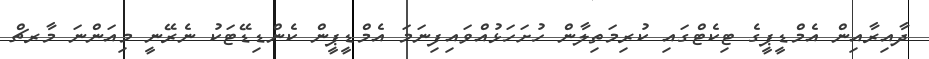
ދާއިރާއިން އެމްޑީޕީގެ ޓިކެޓްގައި ކުރިމަތިލާން ހުށަހަޅުއްވައިފިނަމަ އެމްޑީޕީން ކެންޑިޑޭޓަކު ނެރޭނީ މިއަންނަ މާރޗް